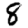
Digit: 8